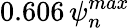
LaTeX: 0.606\, \psi_{n}^{max}